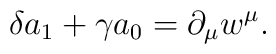
\delta a_{1}+\gamma a_{0}=\partial _{\mu }w^{\mu }.